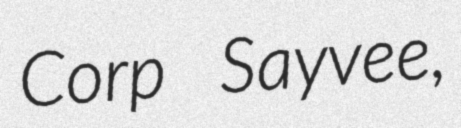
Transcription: Corp Sayvee,